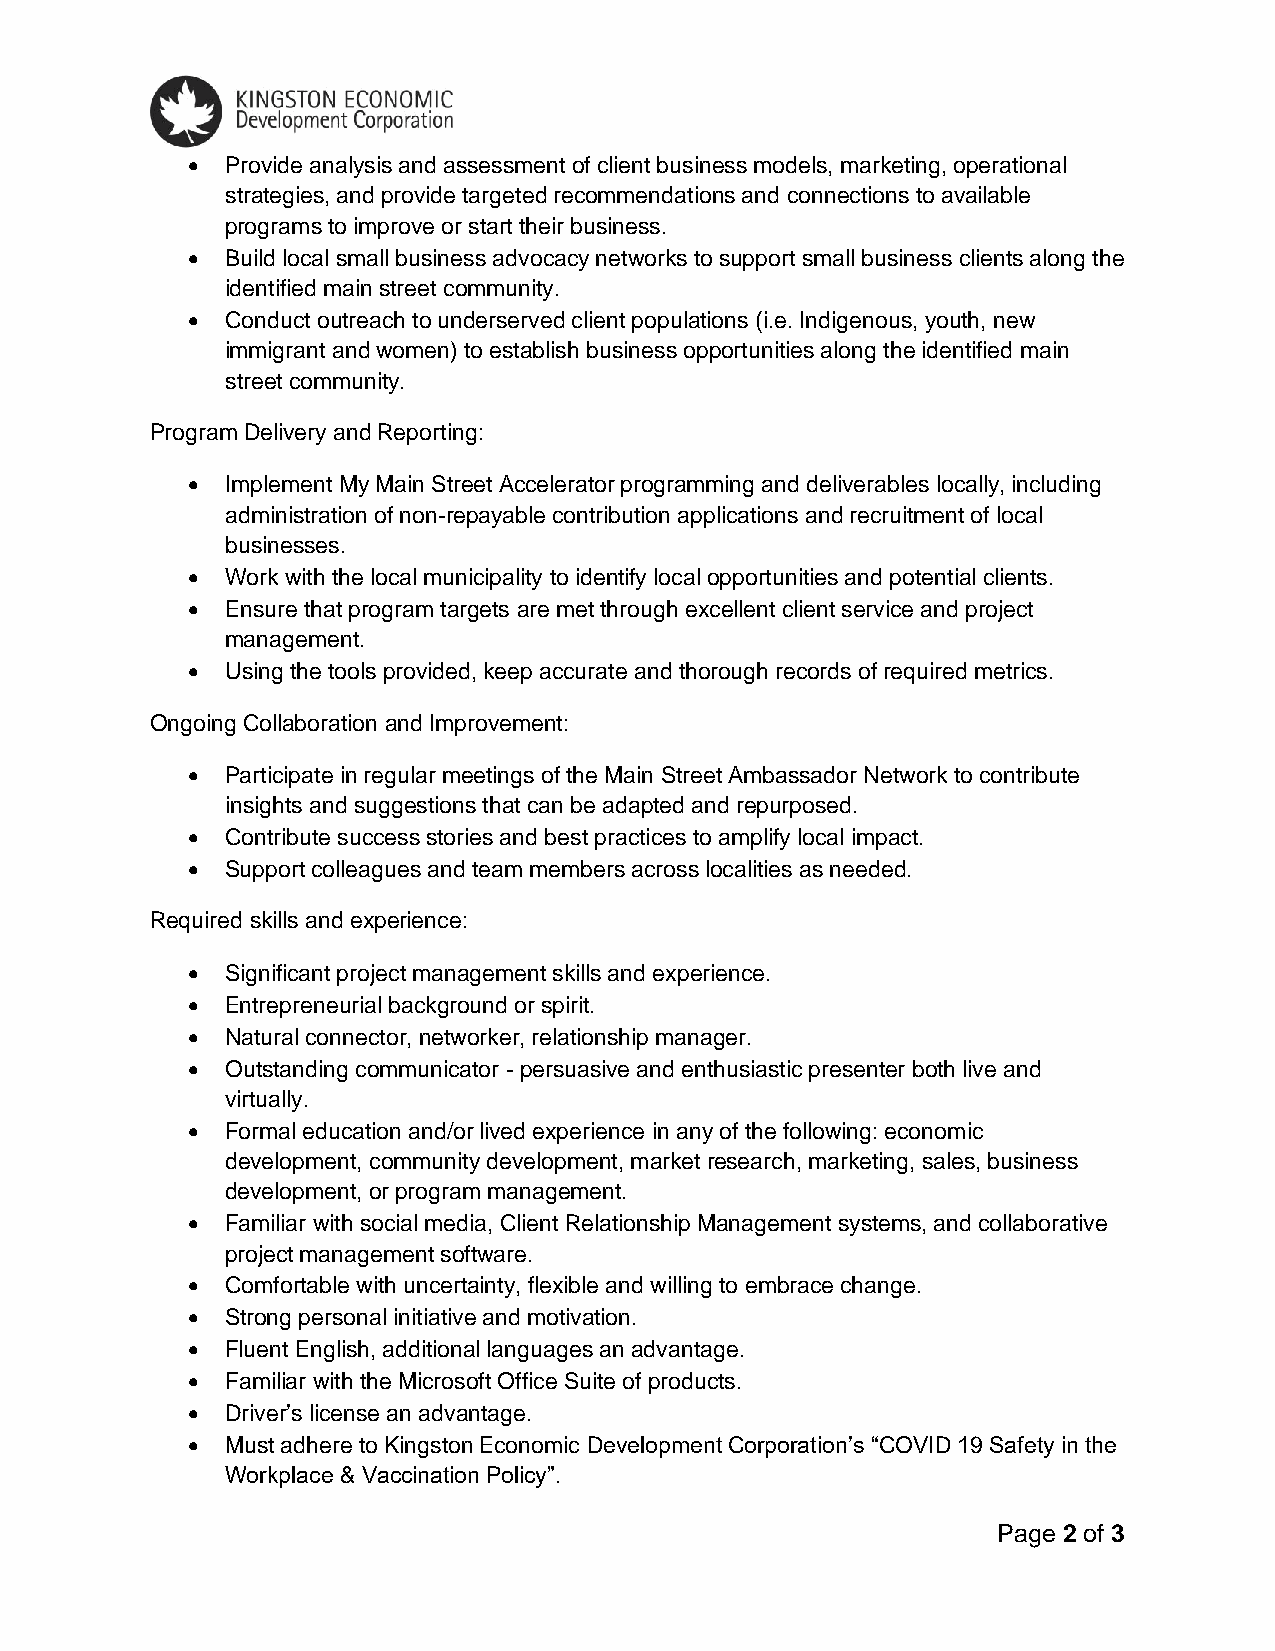
•  Provide analysis and assessment of client business models, marketing, operational
 strategies, and provide targeted recommendations and connections to available
 programs to improve or start their business.
 •  Build local small business advocacy networks to support small business clients along the
 identified main street community.
 •  Conduct outreach to underserved client populations (i.e. Indigenous, youth, new
 immigrant and women) to establish business opportunities along the identified main
 street community.
 Program Delivery and Reporting:
 •  Implement My Main Street Accelerator programming and deliverables locally, including
 administration of non-repayable contribution applications and recruitment of local
 businesses.
 •  Work with the local municipality to identify local opportunities and potential clients.
 •  Ensure that program targets are met through excellent client service and project
 management.
 •  Using the tools provided, keep accurate and thorough records of required metrics.
 Ongoing Collaboration and Improvement:
 •  Participate in regular meetings of the Main Street Ambassador Network to contribute
 insights and suggestions that can be adapted and repurposed.
 •  Contribute success stories and best practices to amplify local impact.
 •  Support colleagues and team members across localities as needed.
 Required skills and experience:
 •  Significant project management skills and experience.
 •  Entrepreneurial background or spirit.
 •  Natural connector, networker, relationship manager.
 •  Outstanding communicator - persuasive and enthusiastic presenter both live and
 virtually.
 •  Formal education and/or lived experience in any of the following: economic
 development, community development, market research, marketing, sales, business
 development, or program management.
 •  Familiar with social media, Client Relationship Management systems, and collaborative
 project management software.
 •  Comfortable with uncertainty, flexible and willing to embrace change.
 •  Strong personal initiative and motivation.
 •  Fluent English, additional languages an advantage.
 •  Familiar with the Microsoft Office Suite of products.
 •  Driver’s license an advantage.
 •  Must adhere to Kingston Economic Development Corporation’s “COVID 19 Safety in the
 Workplace & Vaccination Policy”.
 Page 2 of 3